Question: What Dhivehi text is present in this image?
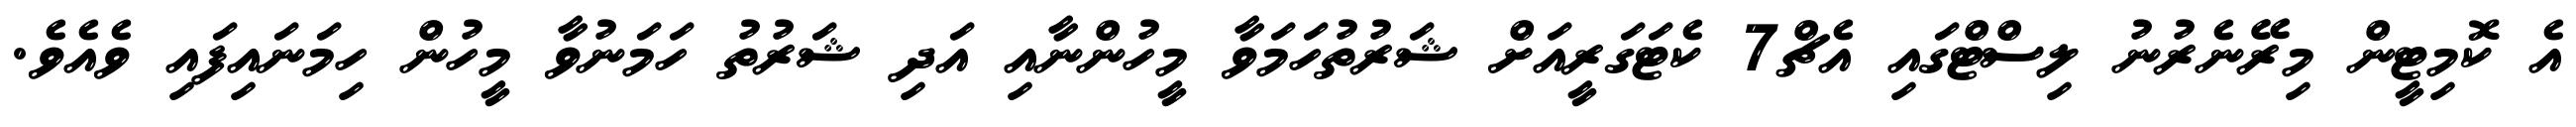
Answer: އެ ކޮމިޓީން މިރޭނެރުނު ލިސްޓްގައި އެޗް7 ކެޓަގަރީއަށް ޝަރުތުހަމަވާ މީހުންނާއި އަދި ޝަރުތު ހަމަނުވާ މީހުން ހިމަނައިފައި ވެއެވެ.